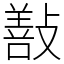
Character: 㪨